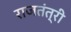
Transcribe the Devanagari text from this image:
राजतंत्री